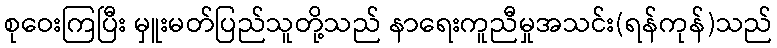
စုဝေးကြပြီး မှူးမတ်ပြည်သူတို့သည် နာရေးကူညီမှုအသင်း(ရန်ကုန်)သည်